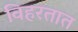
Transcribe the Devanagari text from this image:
विहरतात